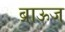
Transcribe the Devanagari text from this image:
ब्राऊज